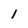
Character: 1